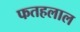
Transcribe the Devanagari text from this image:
फतहलाल